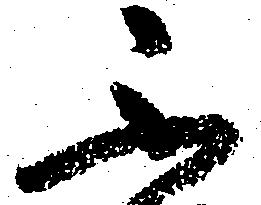
不